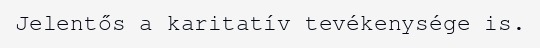
Jelentős a karitatív tevékenysége is.